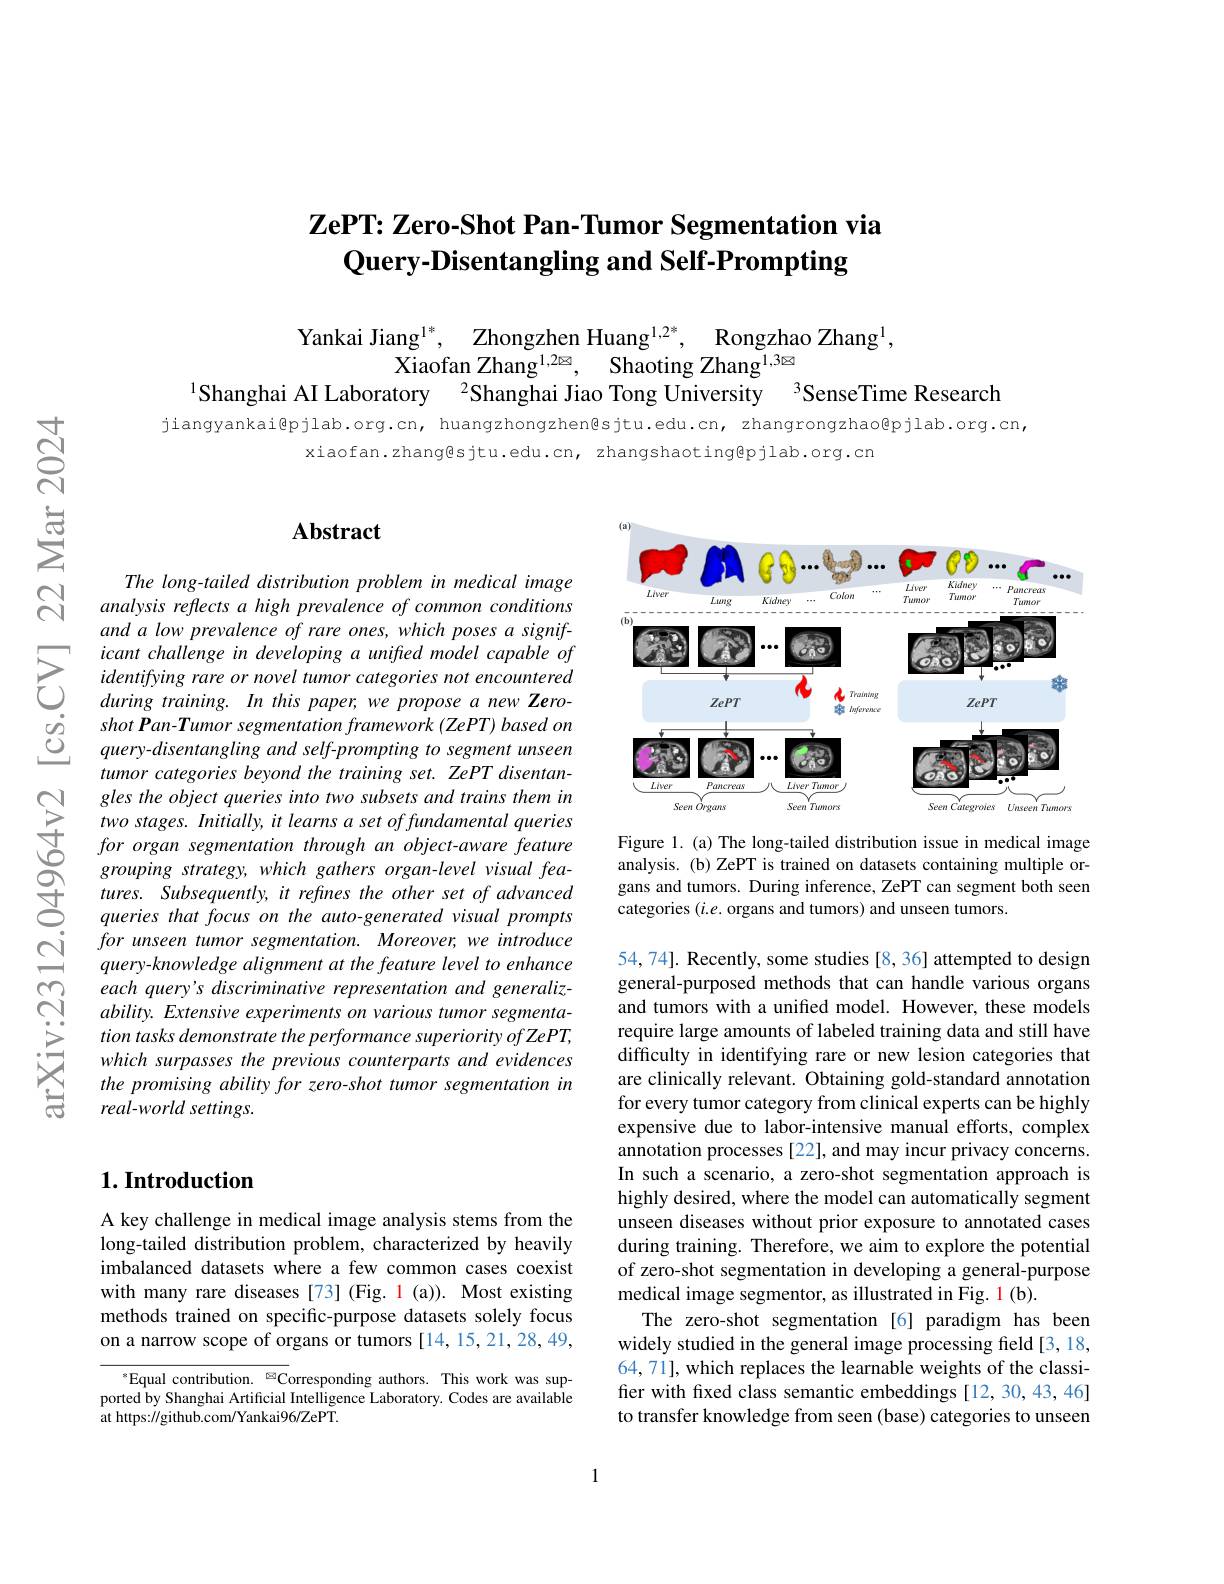
# $\textbf{ZePT: Zero- Shot Pan- Tumor Segmentation via}$ Query-Disentangling and Self-Prompting

Yankai Jiang$^1^*,\:$Zhongzhen Huang$^1, 2^* $, Rongzhao Zhang$^1$
Xiaofan Zhang$^{1, 2\boxtimes }$, Shaoting Zhang$^{1,3\boxtimes}$
$^{1}$Shanghai AI Laboratory $^{2}$Shanghai Jiao Tong University$^{3}$SenseTime Research

jiangyankai@pjlab.org.cn, huangzhongzhen@sjtu.edu.cn, zhangrongzhao@pjlab.org.cn,
xiaofan.zhang@sjtu.edu.cn, zhangshaoting@pjlab.org.cn

## $\mathbf{Abstract}$

The long-tailed distribution problem in medical image analysis reflects a high prevalence of common conditions and a low prevalence of rare ones, which poses a signif-
$\sum_{\begin{array}{ll}&\text{icant challenge in developing a unifred model capable of}\\&\text{identifying rare or novel tumor categories not encountered}\\&\text{during training. In this paper; we propose a new Zero-}\end{array}}$ $\begin{array}{ccc}\dot{o}&shot\:Pan-Tumor\:segmentation\:framework\:(ZePT)\:based\:on\\\underline{O}&query-disentangling\:and\:self-prompting\:to\:segment\:unseen\end{array}$
tumor categories beyond the training set. ZePT disentangles the object queries into two subsets and trains them in two stages. Initially, it learns a set offundamental queries for organ segmentation through an object-aware feature grouping strategy, which gathers organ-level visual features. Subsequently, it refines the other set of advanced queries that focus on the auto-generated visual prompts for unseen tumor segmentation. Moreover, we introduce query-knowledge alignment at the feature level to enhance each query's discriminative representation and generalizability. Extensive experiments on various tumor segmentation tasks demonstrate the performance superiority of ZePT, which surpasses the previous counterparts and evidences the promising ability for zero-shot tumor segmentation in real-world settings.

## $1. \textbf{Introduction}$

A key challenge in medical image analysis stems from the long-tailed distribution problem, characterized by heavily imbalanced datasets where a few common cases coexist with many rare diseases [73] (Fig. 1 (a)). Most existing methods trained on specific-purpose datasets solely focus on a narrow scope of organs or tumors [14,15,21,28,49,

$^{*}$Equal contribution. $^{\textcircled{\mathrm{z}}}$Corresponding authors. This work was supported by Shanghai Artificial Intelligence Laboratory. Codes are available at https://github.com/Yankai96/ZePT.

<FigureHere>

Figure 1. (a) The long-tailed distribution issue in medical image analysis. (b) ZePT is trained on datasets containing multiple organs and tumors. During inference, ZePT can segment both seen categories $(i.e.$ organs and tumors) and unseen tumors.

54,74]. Recently, some studies [8, 36] attempted to design general-purposed methods that can handle various organs and tumors with a unified model. However, these models require large amounts of labeled training data and still have difficulty in identifying rare or new lesion categories that are clinically relevant. Obtaining gold-standard annotation for every tumor category from clinical experts can be highly expensive due to labor-intensive manual efforts, complex annotation processes [22], and may incur privacy concerns. In such a scenario, a zero-shot segmentation approach is highly desired, where the model can automatically segment unseen diseases without prior exposure to annotated cases during training. Therefore, we aim to explore the potential of zero-shot segmentation in developing a general-purpose medical image segmentor, as illustrated in Fig. 1 (b).
The zero-shot segmentation [6] paradigm has been widely studied in the general image processing field [3,18, 64, 71], which replaces the learnable weights of the classifer with fxed class semantic embeddings [12, 30, 43, 46] to transfer knowledge from seen (base) categories to unseen

1